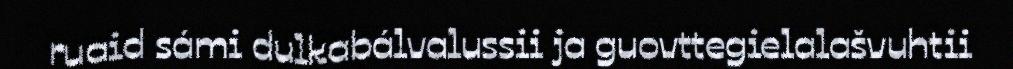
ruaid sámi dulkabálvalussii ja guovttegielalašvuhtii